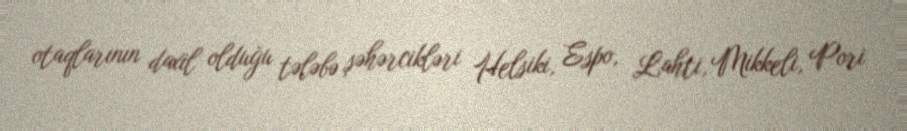
otaqlarının daxil olduğu tələbə şəhərcikləri Helsiki, Espo, Lahti, Mikkeli, Pori